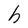
Character: h